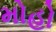
મોહો